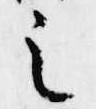
之